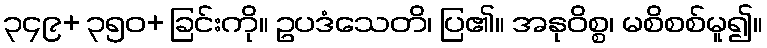
၃၄၉+ ၃၅၀+ ခြင်းကို။ ဥပဒံသေတိ၊ ပြ၏။ အနုဝိစ္စ၊ မစိစစ်မူ၍။